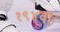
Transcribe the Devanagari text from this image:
१९४वॉ